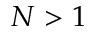
N > 1